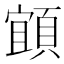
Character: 𩓧